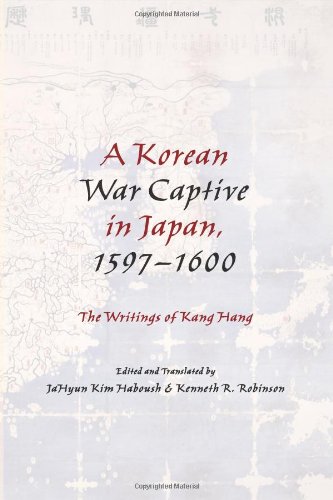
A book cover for A Korean War Captive in Japan, 1597-1600: The Writings of Kang Hang; History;